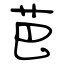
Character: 芭